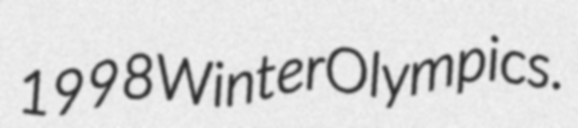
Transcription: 1998 Winter Olympics.